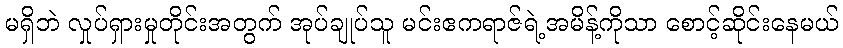
မရှိဘဲ လှုပ်ရှားမှုတိုင်းအတွက် အုပ်ချုပ်သူ မင်းဧကရာဇ်ရဲ့အမိန့်ကိုသာ စောင့်ဆိုင်းနေမယ်